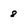
Character: 8